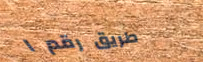
طريق رقم ١